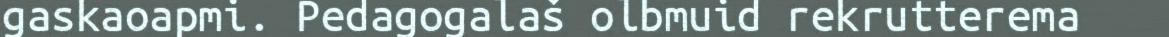
gaskaoapmi. Pedagogalaš olbmuid rekrutterema